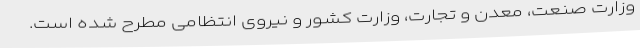
وزارت صنعت، معدن و تجارت، وزارت کشور و نیروی انتظامی مطرح شده است.